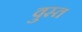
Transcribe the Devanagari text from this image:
वुस्त